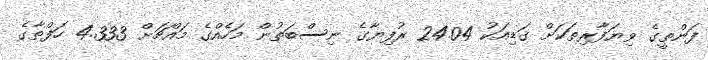
ފަންތީގެ ވިޔަފާރިތަކަށް ގަޑިއަކު 24.04 ރުފިޔާގެ ނިސްބަތުން މަހެއްގެ މައްޗަށް 4.333 ހަފްތާގެ